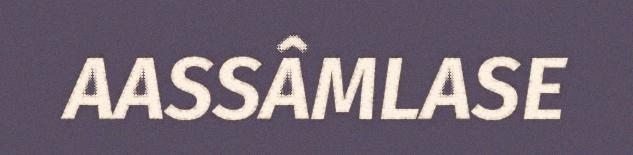
AASSÂMLASE